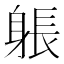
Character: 躼